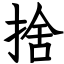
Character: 捨